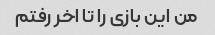
من این بازی را تا اخر رفتم